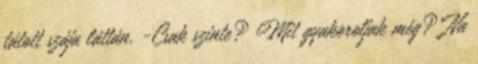
tátott szája láttán. -Csak szinte? Mit gyakoroljak még? Na